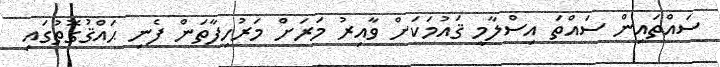
ސައްތައިން ސައްތަ އިސްލާމީ ޤައުމަކަށް ވާއިރު މަރަށް މަރުހިފާތަން ފެނި ޙައްޤުގޮތުގައި